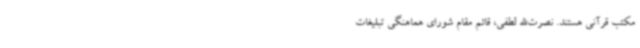
مکتب قرآنی هستند. نصرت‌الله لطفی، قائم مقام شورای هماهنگی تبلیغات